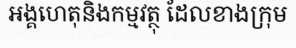
អង្គហេតុនិងកម្មវត្ថុ ដែលខាងក្រុម